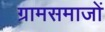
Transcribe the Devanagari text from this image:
ग्रामसमाजों